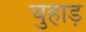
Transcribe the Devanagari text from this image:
चुहाड़